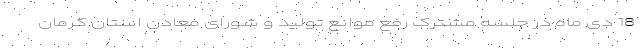
18 دی ماه در جلسه مشترک رفع موانع تولید و شورای معادن استان کرمان